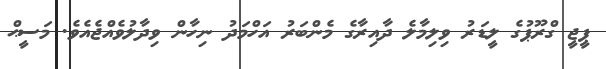
ޕީޖީ ގްރޫޕުގެ ލީޑަރު ވިލިމާލެ ދާއިރާގެ މެންބަރު އަހްމަދު ނިހާން ވިދާލުވެއްޖެއެވެ. މަސީޙް